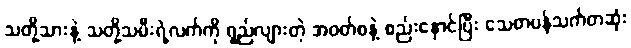
သတို့သားနဲ့ သတို့သမီးရဲ့လက်ကို ရှည်လျားတဲ့ အဝတ်စနဲ့ စည်းနှောင်ပြီး သေတပန်သက်တဆုံး